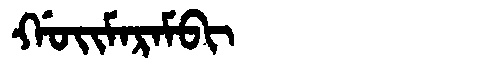
Manchu: ᡤᠣᡳᠮᠠᡵᠠᠮᠪᡳ
Romanization: GOIMARAMBI